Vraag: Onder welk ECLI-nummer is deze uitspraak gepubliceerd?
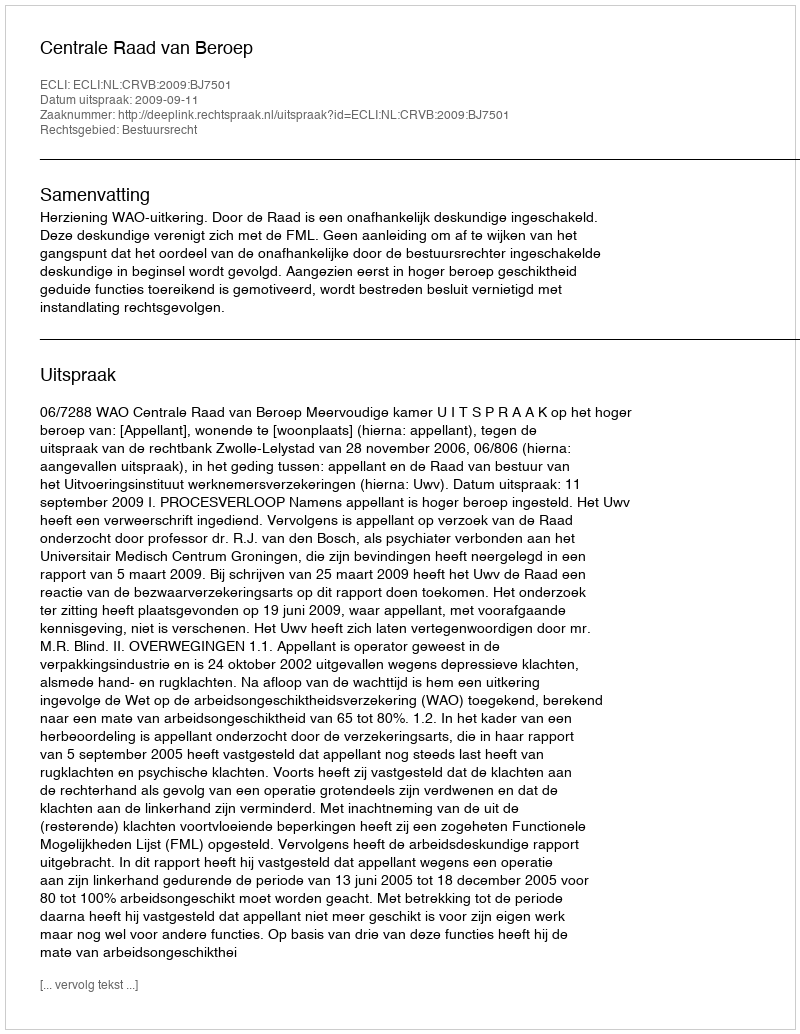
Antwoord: ECLI:NL:CRVB:2009:BJ7501